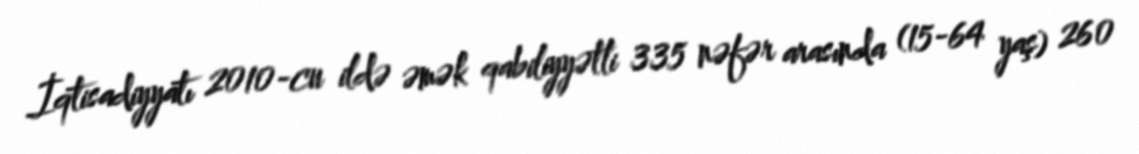
İqtisadiyyatı 2010-cu ildə əmək qabiliyyətli 335 nəfər arasında (15-64 yaş) 260